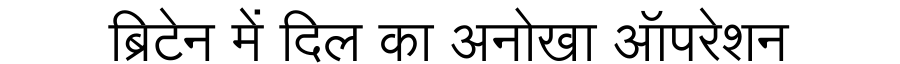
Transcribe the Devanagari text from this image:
ब्रिटेन में दिल का अनोखा ऑपरेशन